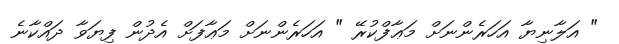
" އަލާނިޔާ އަހަރެންނަށް މަޢާފްކުރޭ " އަހަރެންނަށް މަޢާފަށް އެދުން ފިޔަވާ ދައްކާނެ